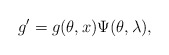
\begin{align*}g^{\prime }=g(\theta ,x)\Psi (\theta , \lambda),\end{align*}